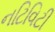
નટિવિટી